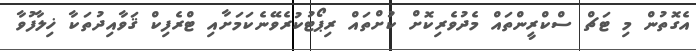
އެގޮތުން މި ޓަޗް ސްކްރީންތައް މެދުވެރިކޮށް ކުށްތައް ރިޕޯޓުކުރެވޭނެކަމަށާއި ޓްރެފިކް ޤަވާއިދުތަކާ ޚިލާފުވާ